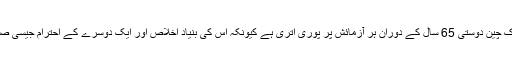
انہوں نے کہا کہ پاک چین دوستی 65 سال کے دوران ہر آزمائش پر پوری اتری ہے کیونکہ اس کی بنیاد اخلاص اور ایک دوسرے کے احترام جیسی صفات پر استورا ہے ۔